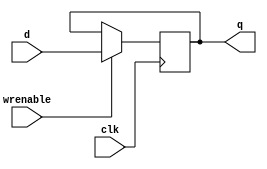
//------------------------------------------------------------------------------
// Contains registers used in top-levl cpu
//------------------------------------------------------------------------------


module register32
(
output reg [31:0] q,
input       [31:0] d,
input       wrenable,
input       clk
);

    always @(posedge clk) begin
        if(wrenable) begin
            q<= d;
        end
    end
  //  end
endmodule